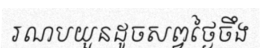
រណបយួនដូចសព្វថ្ងៃចឹង